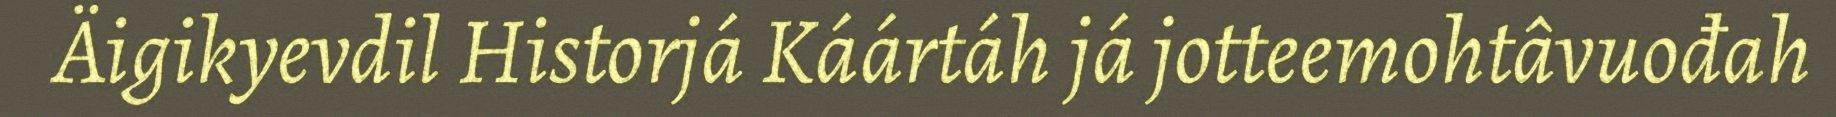
Äigikyevdil Historjá Káártáh já jotteemohtâvuođah